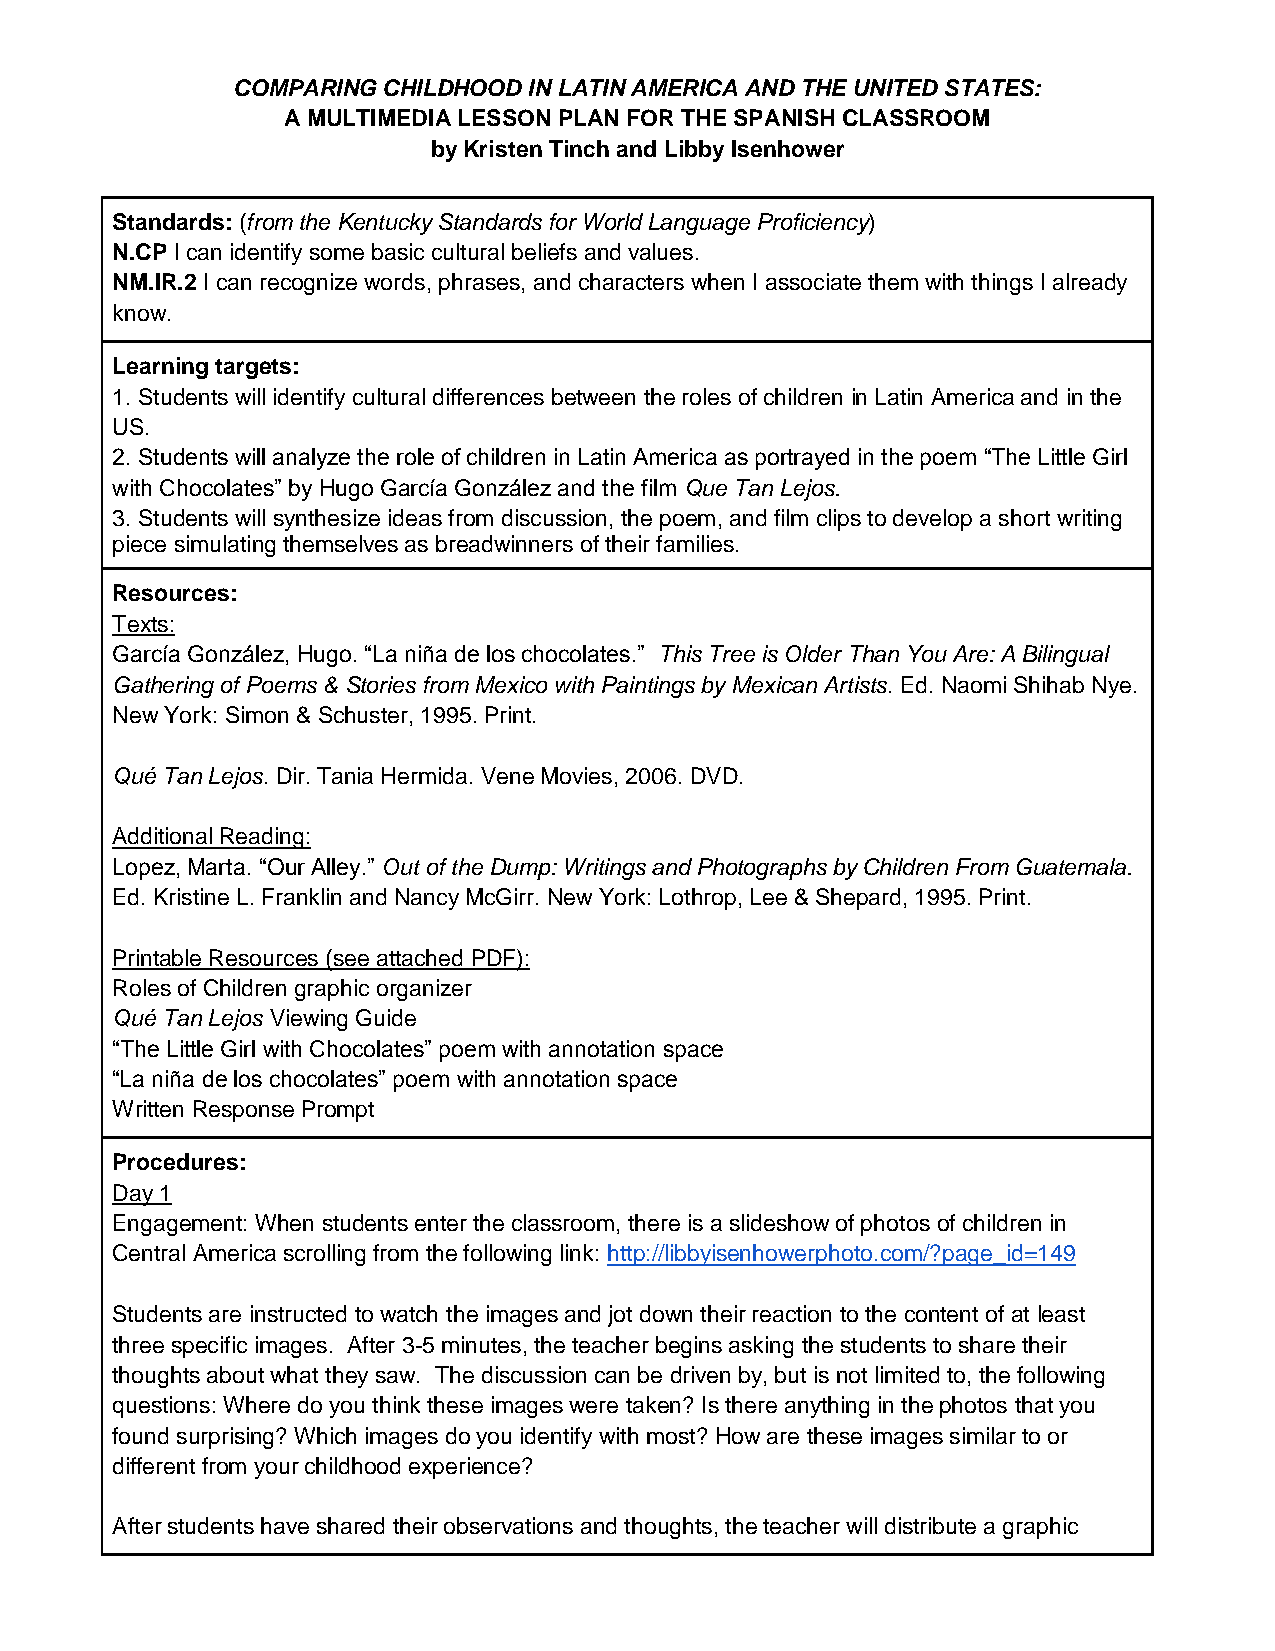
COMPARING CHILDHOOD IN LATIN AMERICA AND THE UNITED STATES:
 A MULTIMEDIA LESSON PLAN FOR THE SPANISH CLASSROOM
 by Kristen Tinch and Libby Isenhower
 Standards: (from the Kentucky Standards for World Language Proficiency)
 N.CP I can identify some basic cultural beliefs and values.
 NM.IR.2 I can recognize words, phrases, and characters when I associate them with things I already
 know.
 Learning targets:
 1. Students will identify cultural differences between the roles of children in Latin America and in the
 US.
 2. Students will analyze the role of children in Latin America as portrayed in the poem “The Little Girl
 with Chocolates” by Hugo García González and the film Que Tan Lejos.
 3. Students will synthesize ideas from discussion, the poem, and film clips to develop a short writing
 piece simulating themselves as breadwinners of their families.
 Resources:
 Texts:
 García González, Hugo. “La niña de los chocolates.” This Tree is Older Than You Are: A Bilingual
 Gathering of Poems & Stories from Mexico with Paintings by Mexican Artists. Ed. Naomi Shihab Nye.
 New York: Simon & Schuster, 1995. Print.
 Qué Tan Lejos. Dir. Tania Hermida. Vene Movies, 2006. DVD.
 Additional Reading:
 Lopez, Marta. “Our Alley.” Out of the Dump: Writings and Photographs by Children From Guatemala.
 Ed. Kristine L. Franklin and Nancy McGirr. New York: Lothrop, Lee & Shepard, 1995. Print.
 Printable Resources (see attached PDF):
 Roles of Children graphic organizer
 Qué Tan Lejos Viewing Guide
 “The Little Girl with Chocolates” poem with annotation space
 “La niña de los chocolates” poem with annotation space
 Written Response Prompt
 Procedures:
 Day 1
 Engagement: When students enter the classroom, there is a slideshow of photos of children in
 Central America scrolling from the following link: http://libbyisenhowerphoto.com/?page_id=149
 Students are instructed to watch the images and jot down their reaction to the content of at least
 three specific images. After 3-5 minutes, the teacher begins asking the students to share their
 thoughts about what they saw. The discussion can be driven by, but is not limited to, the following
 questions: Where do you think these images were taken? Is there anything in the photos that you
 found surprising? Which images do you identify with most? How are these images similar to or
 different from your childhood experience?
 After students have shared their observations and thoughts, the teacher will distribute a graphic